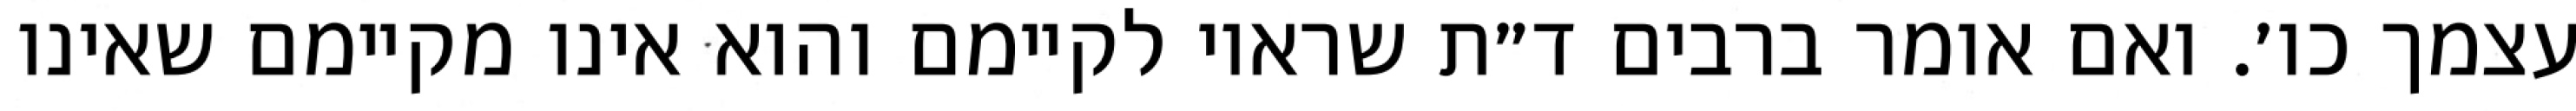
עצמך כו׳. ואם אומר ברבים ד״ת שראוי לקיימם והוא אינו מקיימם שאינו